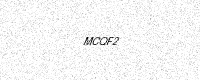
Text: MCQF2